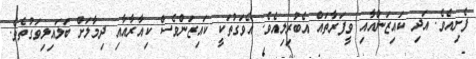
ފެށިއެވެ. އަދި ކައިޒަންއާއި ވީފަރާތައް އެބުރިލިއެވެ. އެވަގުތަކީ ކައިޒަންވެސް ކިއާރާއާއި ދިމާލަށް ބަލައިލިވަގުތެވެ.